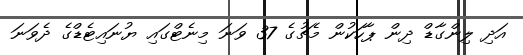
އަދި ލިންގާޑް ދިން ޕާހަކުން މެޗުގެ 37 ވަނަ މިނެޓްގައި ޔުނައިޓެޑްގެ ދެވަނަ